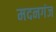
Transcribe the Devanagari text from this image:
मदनगंज